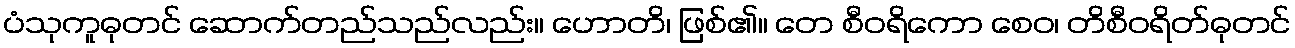
ပံသုကူဓုတင် ဆောက်တည်သည်လည်း။ ဟောတိ၊ ဖြစ်၏။ တေ စီဝရိကော စေဝ၊ တိစီဝရိတ်ဓုတင်